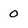
Character: 0